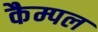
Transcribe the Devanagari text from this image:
कैम्पल